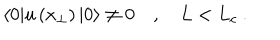
\langle 0 | u \left( x _ { \perp } \right) | 0 \rangle \neq 0 \quad , \quad L < L _ { c } \ .